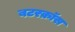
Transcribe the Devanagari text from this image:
बटरक्रॉस